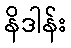
နိဒါန်း